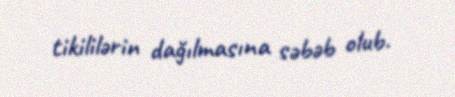
tikililərin dağılmasına səbəb olub.